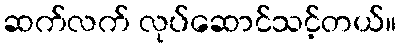
ဆက်လက် လုပ်ဆောင်သင့်တယ်။